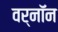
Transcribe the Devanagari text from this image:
वर्नॉन